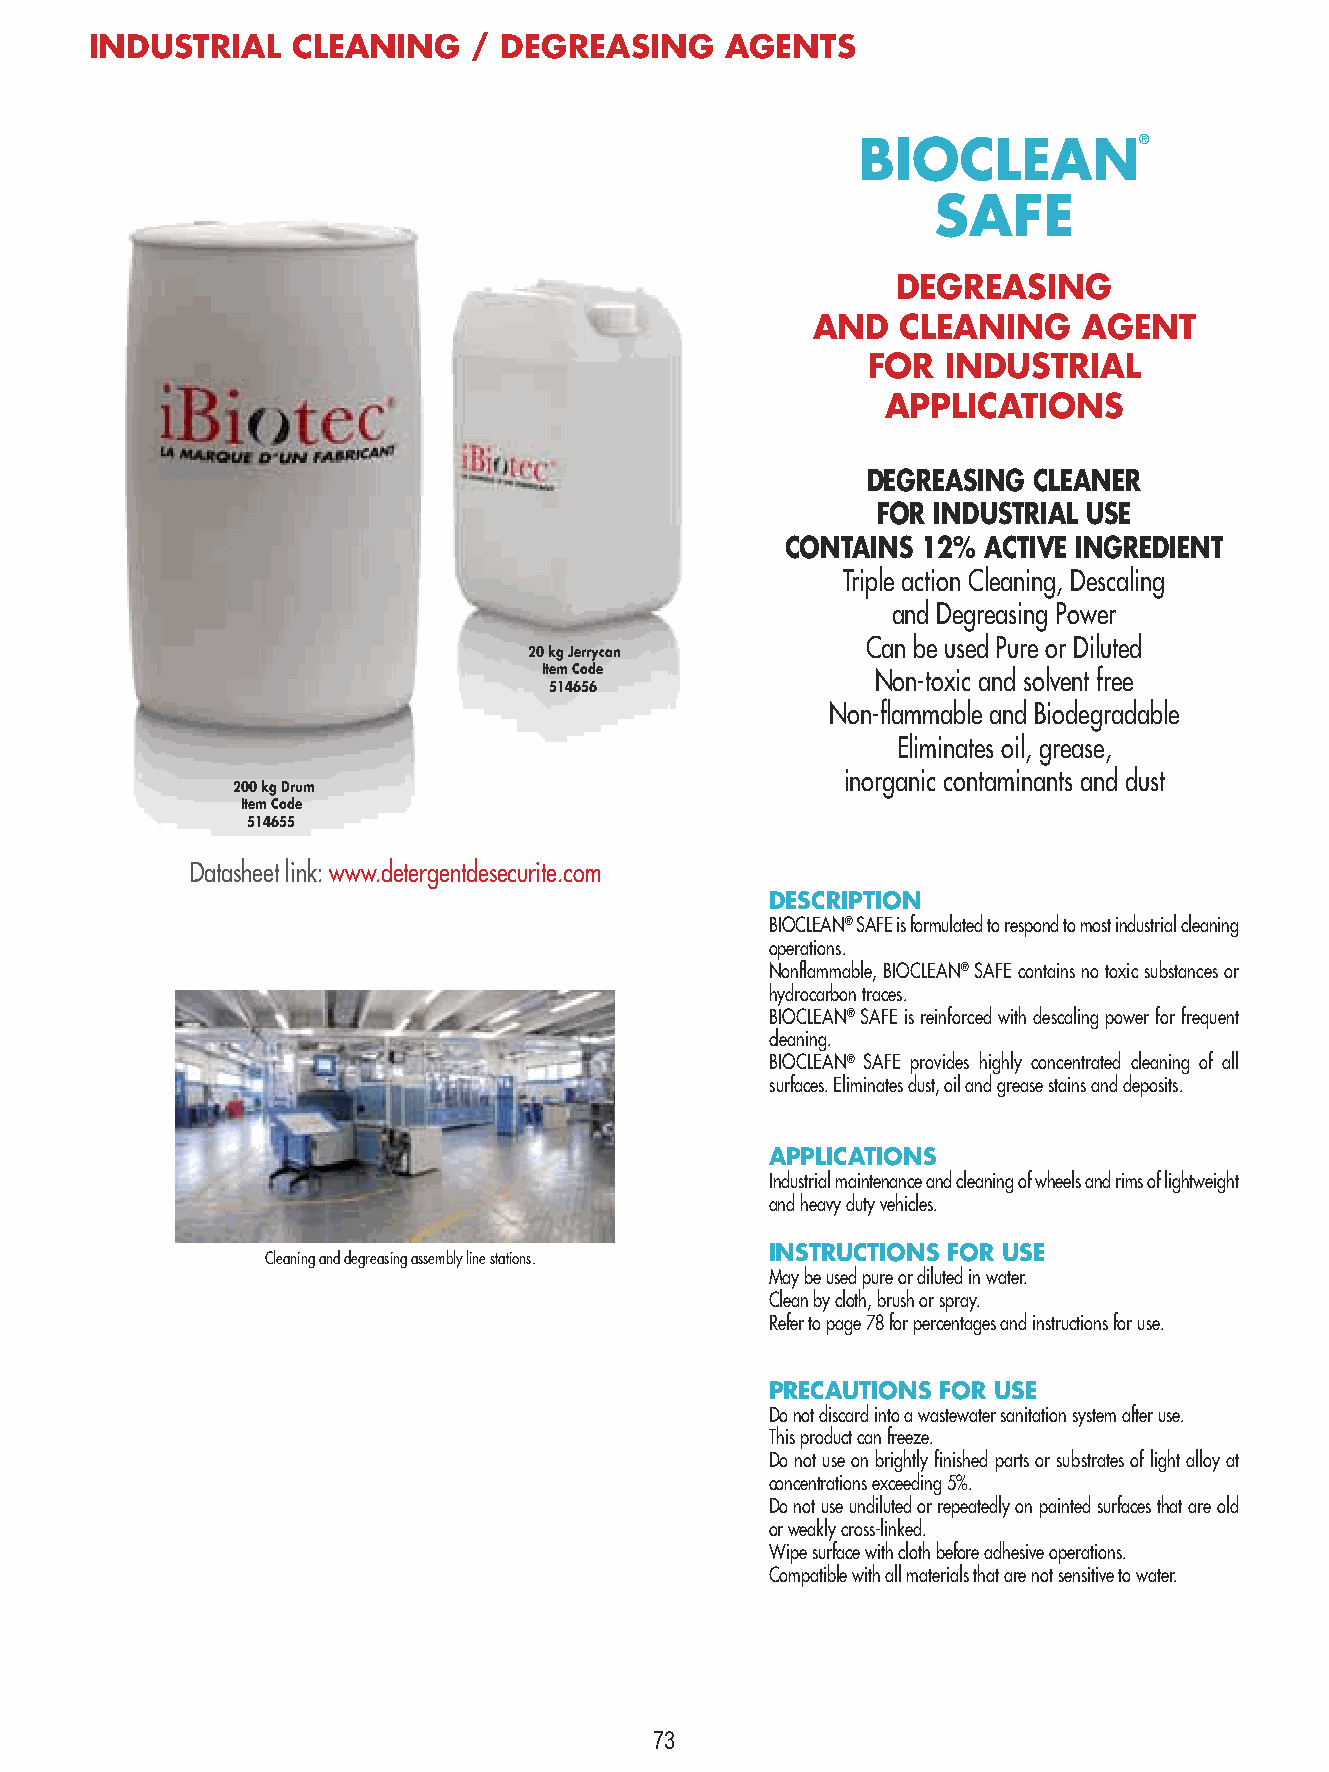
INDUSTRIAL   CLEANING    / DEGREASING     AGENTS
 BIOCLEAN®
 SAFE
 DEGREASING
 AND   CLEANING    AGENT
 FOR   INDUSTRIAL
 APPLICATIONS
 DEGREASING CLEANER
 FOR INDUSTRIAL USE
 CONTAINS 12% ACTIVE INGREDIENT
 Triple action Cleaning, Descaling
 and Degreasing Power
 Can be used Pure or Diluted
 20 kg Jerrycan
 Item Code
 Non-toxic and solvent free
 514656
 Non-flammable and Biodegradable
 Eliminates oil, grease,
 inorganic contaminants and dust
 200 kg Drum
 Item Code
 514655
 Datasheet link: www.detergentdesecurite.com
 DESCRIPTION
 BIOCLEAN® SAFE is formulated to respond to most industrial cleaning
 operations.
 Nonflammable, BIOCLEAN® SAFE contains no toxic substances or
 hydrocarbon traces.
 BIOCLEAN® SAFE is reinforced with descaling power for frequent
 cleaning.
 BIOCLEAN® SAFE provides highly concentrated cleaning of all
 surfaces. Eliminates dust, oil and grease stains and deposits.
 APPLICATIONS
 Industrial maintenance and cleaning of wheels and rims of lightweight
 and heavy duty vehicles.
 INSTRUCTIONS FOR USE
 Cleaning and degreasing assembly line stations.
 May be used pure or diluted in water.
 Clean by cloth, brush or spray.
 Refer to page 78 for percentages and instructions for use.
 PRECAUTIONS FOR USE
 Do not discard into a wastewater sanitation system after use.
 This product can freeze.
 Do not use on brightly finished parts or substrates of light alloy at
 concentrations exceeding 5%.
 Do not use undiluted or repeatedly on painted surfaces that are old
 or weakly cross-linked.
 Wipe surface with cloth before adhesive operations.
 Compatible with all materials that are not sensitive to water.
 73